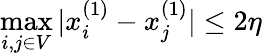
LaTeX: \operatorname*{max}_{i,j\in V}|x_{i}^{(1)}-x_{j}^{(1)}|\leq 2\eta